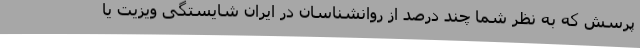
پرسش که به نظر شما چند درصد از روانشناسان در ایران شایستگی ویزیت یا